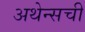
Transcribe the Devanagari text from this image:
अथेन्सची